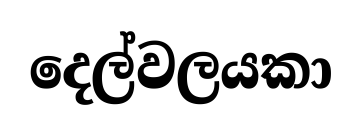
දෙල්වලයකා